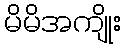
မိမိအကျိုး